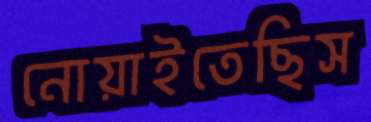
নোয়াইতেছিস